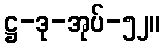
ဋ္ဌ-ဒု-အုပ်-၅၂။